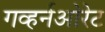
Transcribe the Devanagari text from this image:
गव्हर्नओरेट